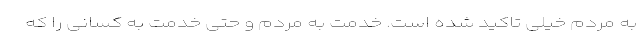
به مردم خیلی تاکید شده است. خدمت به مردم و حتی خدمت به کسانی را که